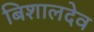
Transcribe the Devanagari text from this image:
बिशालदेव